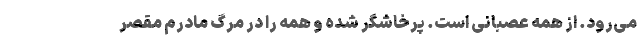
می‌رود. از همه عصبانی است. پرخاشگر شده و همه را در مرگ مادرم مقصر